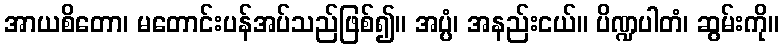
အာယစိတော၊ မတောင်းပန်အပ်သည်ဖြစ်၍။ အပ္ပံ၊ အနည်းငယ်။ ပိဏ္ဍပါတံ၊ ဆွမ်းကို။